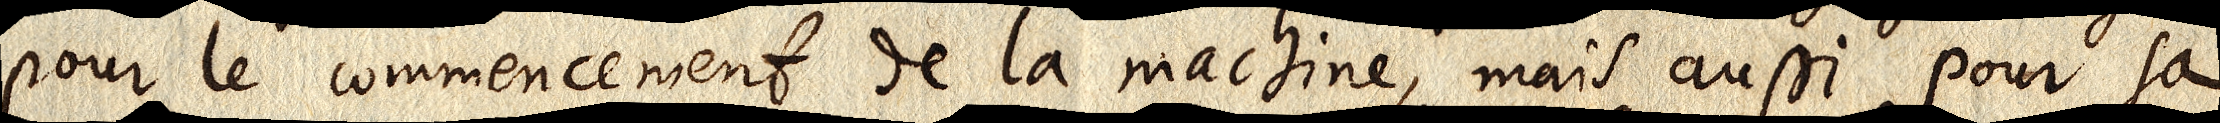
pour le commencement de la Machine, mais aussi pour sa